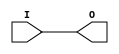
module IBUFG_HSTL_IV_18 (O, I);

    output O;

    input  I;

	buf B1 (O, I);


endmodule